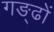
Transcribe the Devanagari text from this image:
गङ्ढों